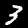
Label: 3